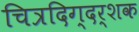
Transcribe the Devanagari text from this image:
चित्रदिग्दर्शक